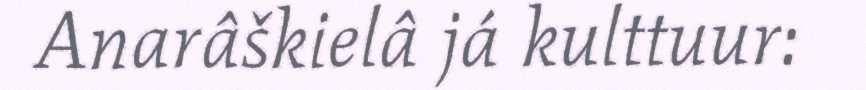
Anarâškielâ já kulttuur: